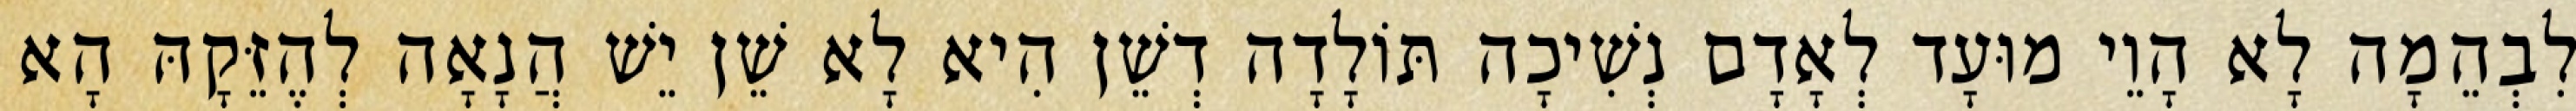
לִבְהֵמָה לָא הָוֵי מוּעָד לְאָדָם נְשִׁיכָה תּוֹלָדָה דְשֵׁן הִיא לָא שֵׁן יֵשׁ הֲנָאָה לְהֶזֵּקָהּ הָא